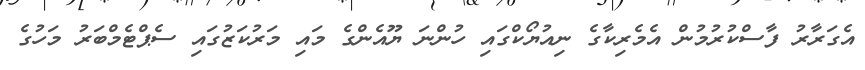
އެގަރާރު ފާސްކުރުމުން އެމެރިކާގެ ނިއުޔޯކްގައި ހުންނަ ޔޫއެންގެ މައި މަރުކަޒުގައި ސެޕްޓެމްބަރު މަހުގެ